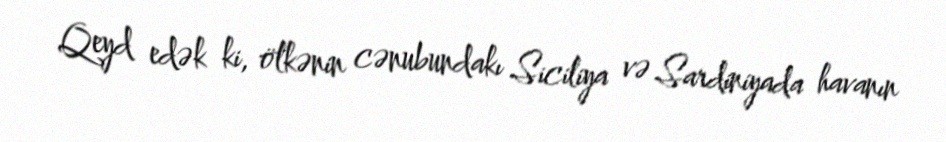
Qeyd edək ki, ölkənin cənubundakı Siciliya və Sardiniyada havanın